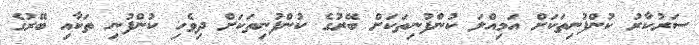
ސަރުކާރު ކުންފުނިތަކަށް އަމިއްލަ ކުންފުނިތަކަށް ބޭރުގެ ކުންފުނިތަކަށް ދިވެހި ކުންފުނި ތަކާއި ބޭރުގެ